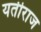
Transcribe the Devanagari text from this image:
यतीराज